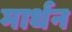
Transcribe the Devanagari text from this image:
मार्धन